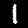
Digit: 1